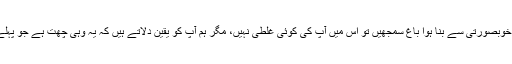
اگر آپ اس کو کسی گھرکا خوبصورتی سے بنا ہوا باغ سمجھیں تو اس میں آپ کی کوئی غلطی نہیں، مگر ہم آپ کو یقین دلاتے ہیں کہ یہ وہی چھت ہے جو پہلے اتنی بوسیدہ لگ رہی تھی۔